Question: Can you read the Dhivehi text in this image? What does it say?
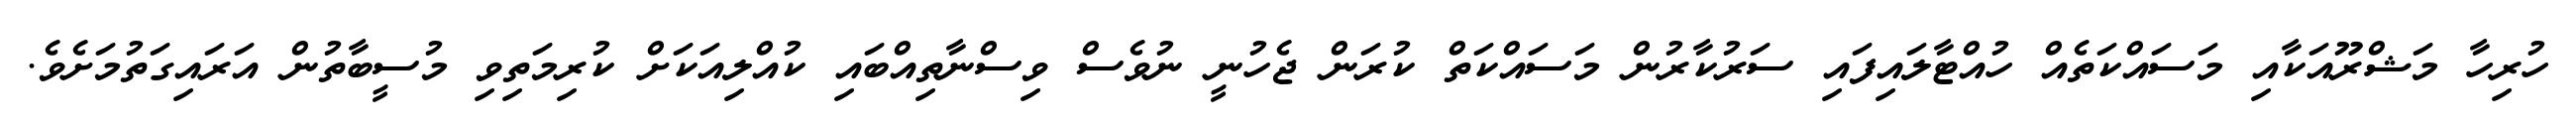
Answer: ހުރިހާ މަޝްރޫއަކާއި މަސައްކަތެއް ހުއްޓާލައިފައި ސަރުކާރުން މަސައްކަތް ކުރަން ޖެހުނީ ނުވެސް ވިސްނާތިއްބައި ކުއްލިއަކަށް ކުރިމަތިވި މުސީބާތުން އަރައިގަތުމަށެވެ.